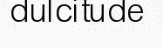
dulcitude